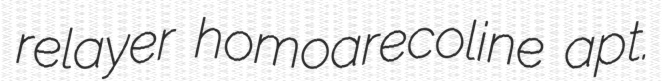
relayer homoarecoline apt.